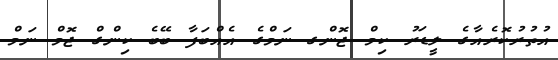
އުތުރުކޮރެއާގެ ލީޑަރު ކިމް ޖޮންގ ނަމްގެ އެއްބަފާ ބޭބެ ކިންގް ޖޮމް ނަމް